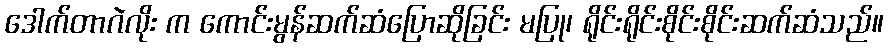
ဒေါက်တာဂဲလိုး က ကောင်းမွန်ဆက်ဆံပြောဆိုခြင်း မပြု၊ ရိုင်းရိုင်းစိုင်းစိုင်းဆက်ဆံသည်။